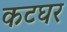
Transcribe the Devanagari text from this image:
कटघर